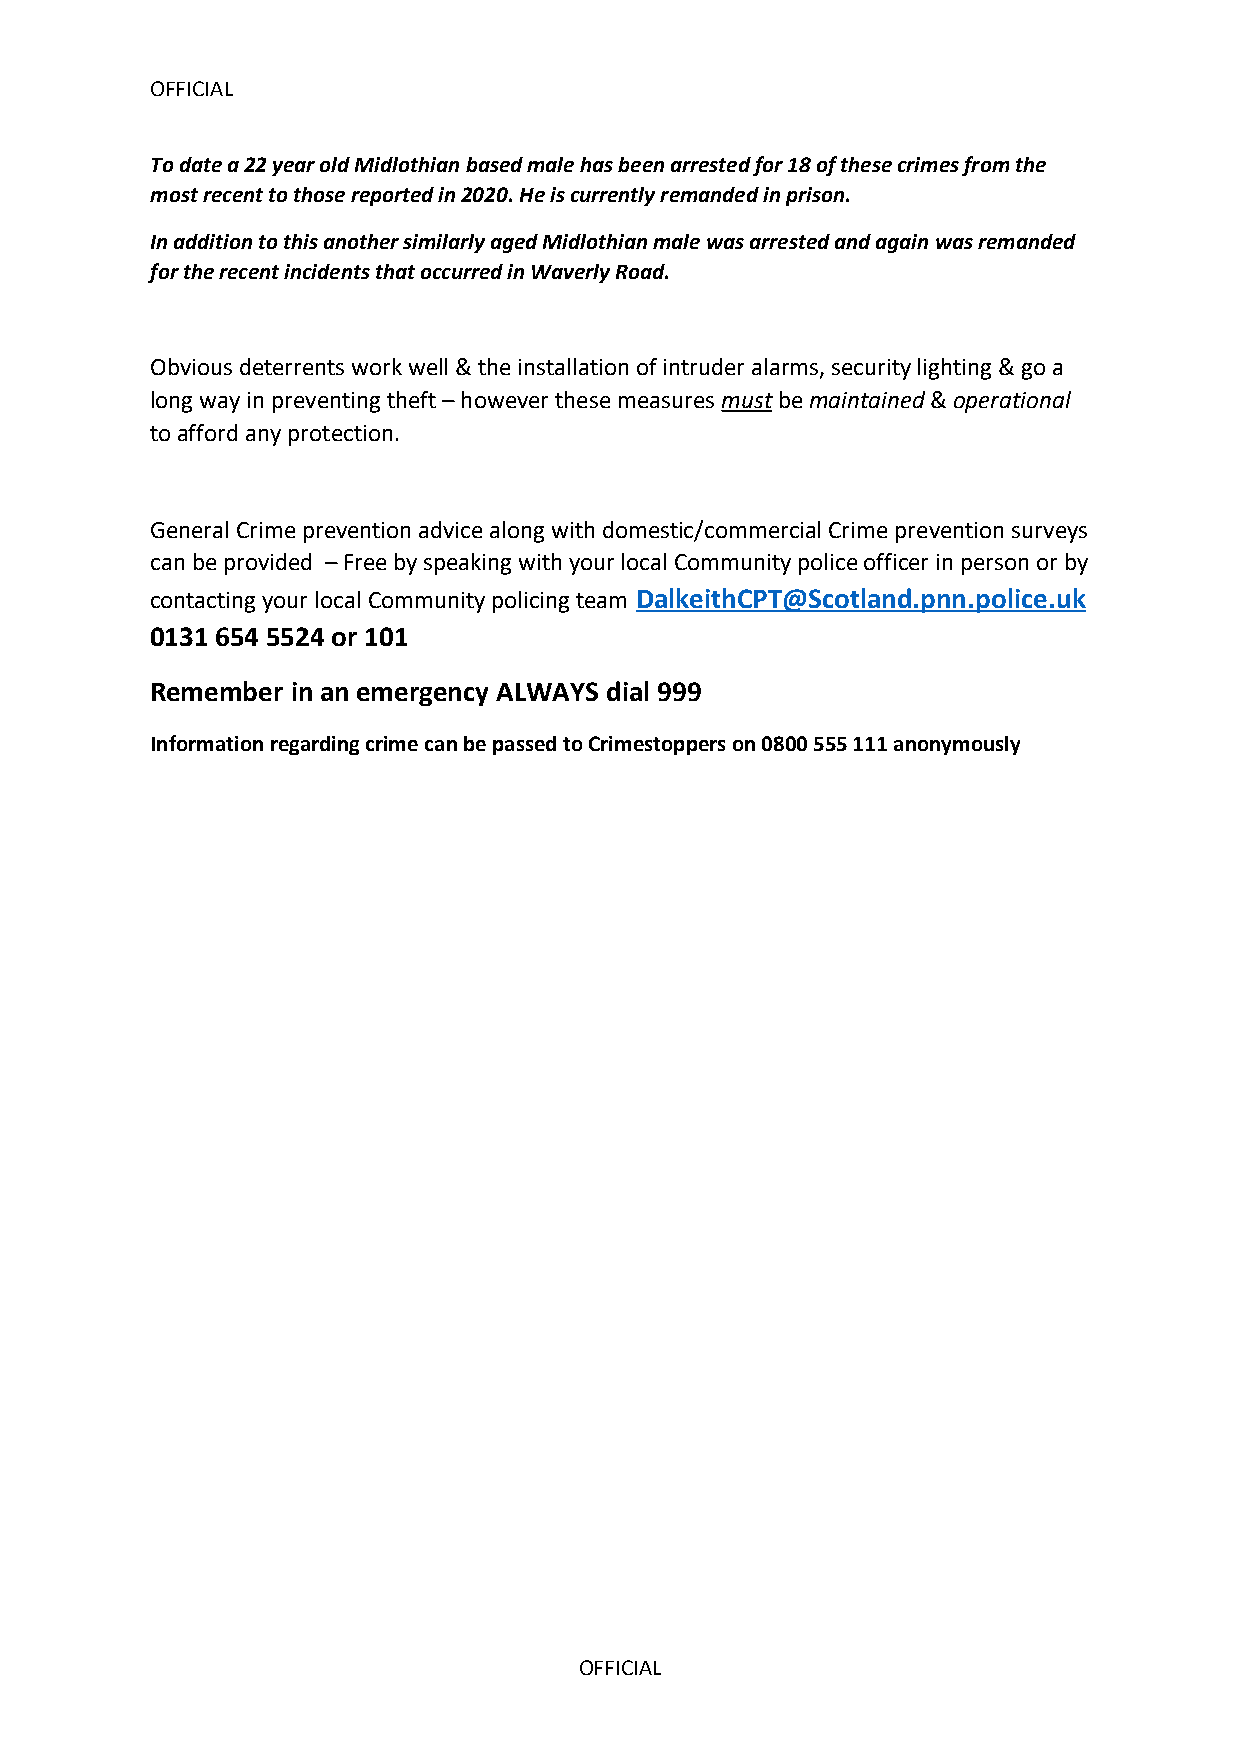
OFFICIAL
 To date a 22 year old Midlothian based male has been arrested for 18 of these crimes from the
 most recent to those reported in 2020. He is currently remanded in prison.
 In addition to this another similarly aged Midlothian male was arrested and again was remanded
 for the recent incidents that occurred in Waverly Road.
 Obvious deterrents work well & the installation of intruder alarms, security lighting & go a
 long way in preventing theft – however these measures must be maintained & operational
 to afford any protection.
 General Crime prevention advice along with domestic/commercial Crime prevention surveys
 can be provided – Free by speaking with your local Community police officer in person or by
 contacting your local Community policing team DalkeithCPT@Scotland.pnn.police.uk
 0131 654 5524 or 101
 Remember in an emergency ALWAYS dial 999
 Information regarding crime can be passed to Crimestoppers on 0800 555 111 anonymously
 OFFICIAL